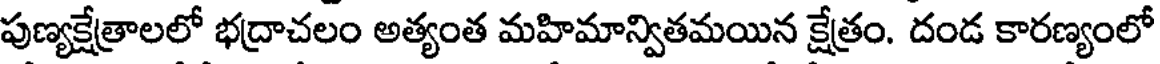
పుణ్యక్షేత్రాలలో భద్రాచలం అత్యంత మహిమాన్వితమయిన క్షేత్రం. దండ కారణ్యంలో